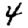
Digit: 4